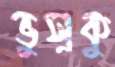
ভুসুকু